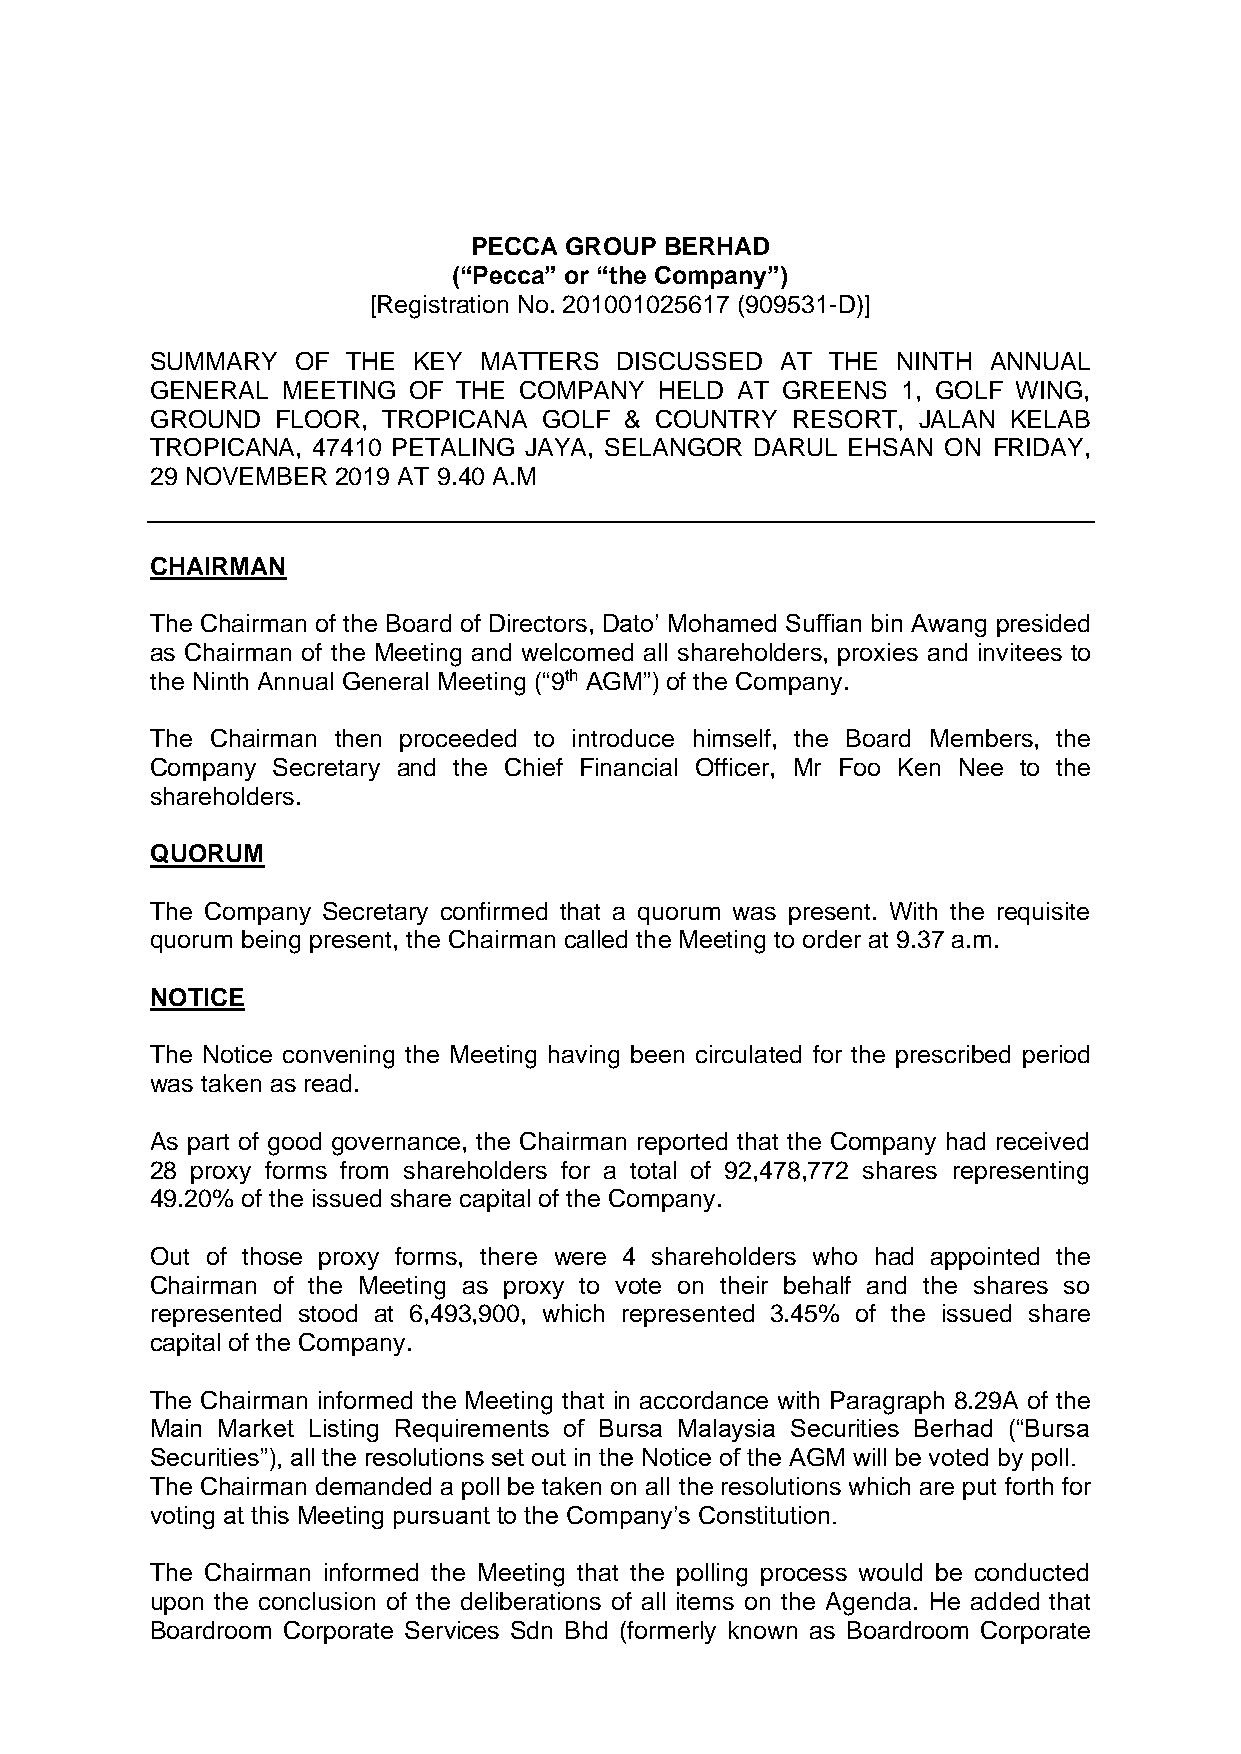
PECCA GROUP  BERHAD
 (“Pecca” or “the Company”)
 [Registration No. 201001025617 (909531-D)]
 SUMMARY   OF THE KEY  MATTERS  DISCUSSED  AT THE NINTH ANNUAL
 GENERAL  MEETING OF THE COMPANY   HELD AT GREENS  1, GOLF WING,
 GROUND  FLOOR, TROPICANA  GOLF & COUNTRY  RESORT,  JALAN KELAB
 TROPICANA, 47410 PETALING JAYA, SELANGOR DARUL EHSAN ON FRIDAY,
 29 NOVEMBER 2019 AT 9.40 A.M
 CHAIRMAN
 The Chairman of the Board of Directors, Dato’ Mohamed Suffian bin Awang presided
 as Chairman of the Meeting and welcomed all shareholders, proxies and invitees to
 the Ninth Annual General Meeting (“9th AGM”) of the Company.
 The Chairman then proceeded to introduce himself, the Board Members, the
 Company Secretary and the Chief Financial Officer, Mr Foo Ken Nee to the
 shareholders.
 QUORUM
 The Company Secretary confirmed that a quorum was present. With the requisite
 quorum being present, the Chairman called the Meeting to order at 9.37 a.m.
 NOTICE
 The Notice convening the Meeting having been circulated for the prescribed period
 was taken as read.
 As part of good governance, the Chairman reported that the Company had received
 28 proxy forms from shareholders for a total of 92,478,772 shares representing
 49.20% of the issued share capital of the Company.
 Out of those proxy forms, there were 4 shareholders who had appointed the
 Chairman of the Meeting as proxy to vote on their behalf and the shares so
 represented stood at 6,493,900, which represented 3.45% of the issued share
 capital of the Company.
 The Chairman informed the Meeting that in accordance with Paragraph 8.29A of the
 Main Market Listing Requirements of Bursa Malaysia Securities Berhad (“Bursa
 Securities”), all the resolutions set out in the Notice of the AGM will be voted by poll.
 The Chairman demanded a poll be taken on all the resolutions which are put forth for
 voting at this Meeting pursuant to the Company’s Constitution.
 The Chairman informed the Meeting that the polling process would be conducted
 upon the conclusion of the deliberations of all items on the Agenda. He added that
 Boardroom Corporate Services Sdn Bhd (formerly known as Boardroom Corporate